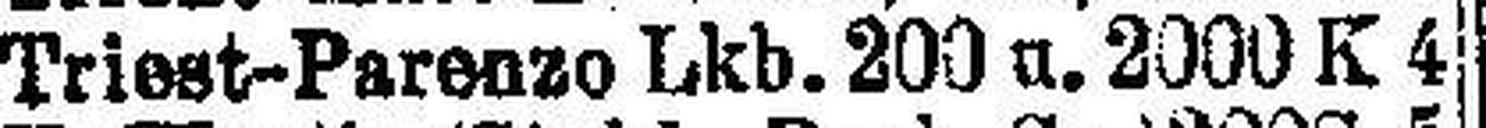
Triest-Parenzo Lkb. 200 u. 2000 K 4